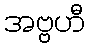
အဗ္ဗဟီ